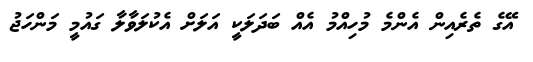
އޭގެ ތެރެއިން އެންމެ މުހިއްމު އެއް ބަދަލަކީ އަލަށް އެކުލަވާލާ ގައުމީ މަންހަޖު